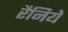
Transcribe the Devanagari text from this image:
रैनिये